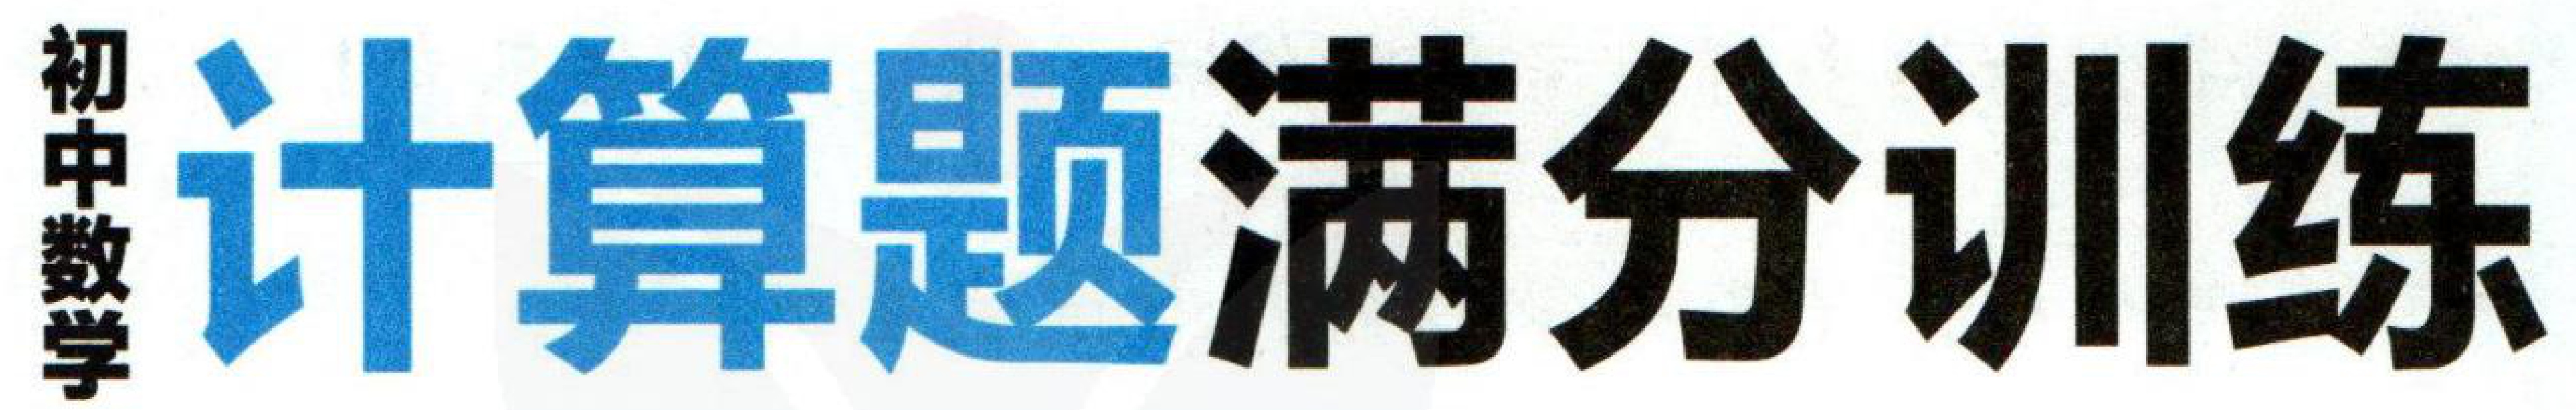
初中数学 计算题满分训练